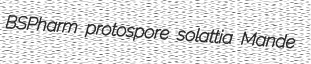
BSPharm protospore solattia Mande